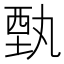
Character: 𲁊